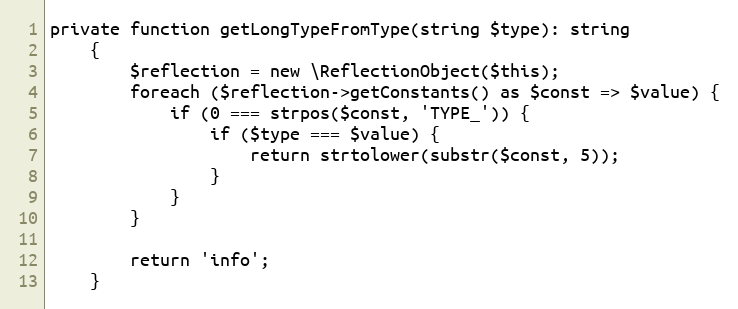
Language: PHP
private function getLongTypeFromType(string $type): string
    {
        $reflection = new \ReflectionObject($this);
        foreach ($reflection->getConstants() as $const => $value) {
            if (0 === strpos($const, 'TYPE_')) {
                if ($type === $value) {
                    return strtolower(substr($const, 5));
                }
            }
        }

        return 'info';
    }